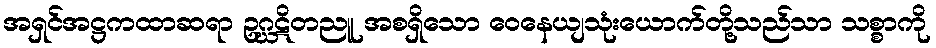
အရှင်အဋ္ဌကထာဆရာ ဥဂ္ဃဋိတညူ အစရှိသော ဝေနေယျသုံးယောက်တို့သည်သာ သစ္စာကို